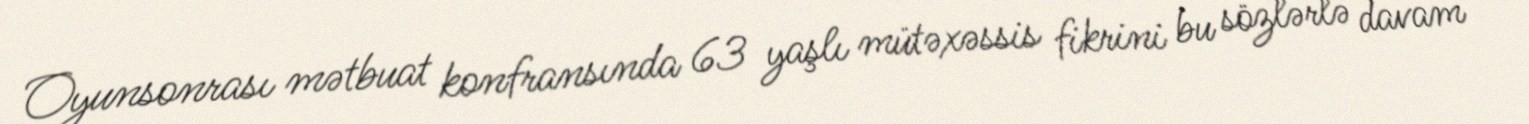
Oyunsonrası mətbuat konfransında 63 yaşlı mütəxəssis fikrini bu sözlərlə davam